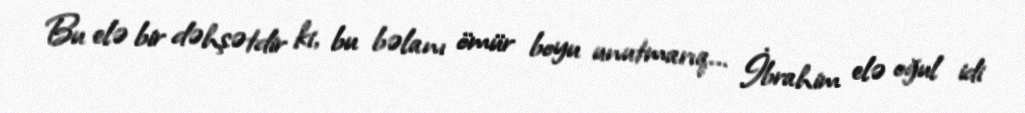
Bu elə bir dəhşətdir ki, bu bəlanı ömür boyu unutmarıq... İbrahim elə oğul idi